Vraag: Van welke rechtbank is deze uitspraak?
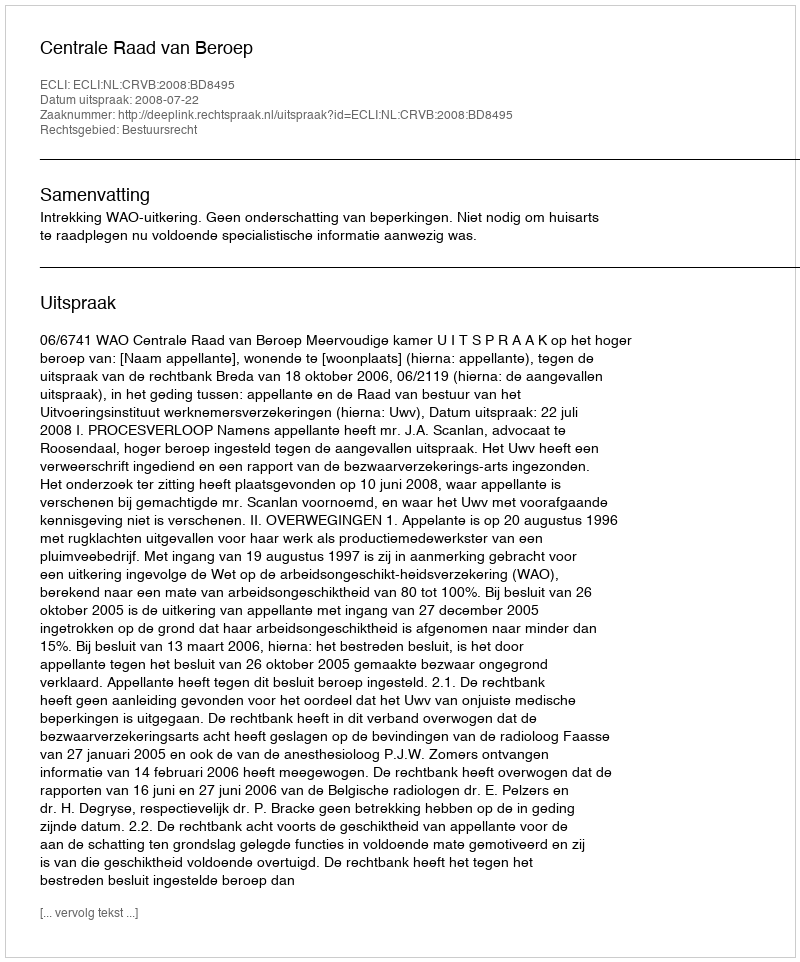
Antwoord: Centrale Raad van Beroep